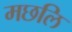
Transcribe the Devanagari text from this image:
मछलि